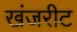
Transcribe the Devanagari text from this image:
खंजरीट